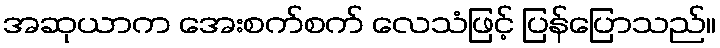
အဆုယာက အေးစက်စက် လေသံဖြင့် ပြန်ပြောသည်။